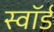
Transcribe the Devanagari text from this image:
स्‍वॉर्ड